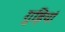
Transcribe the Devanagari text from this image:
गुड़ियां